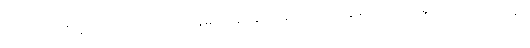
ဤသို့လုပ်ကြံစဉ်တွင် ကိုယ်တော်မကျန်းမာသည်နှင့် ပြန် လာရာ မုတ္တမ ကျေးကင်းရွာသို့ အရောက်တွင်